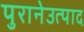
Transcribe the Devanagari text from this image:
पुरानेउत्पाद